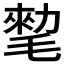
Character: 𰚨